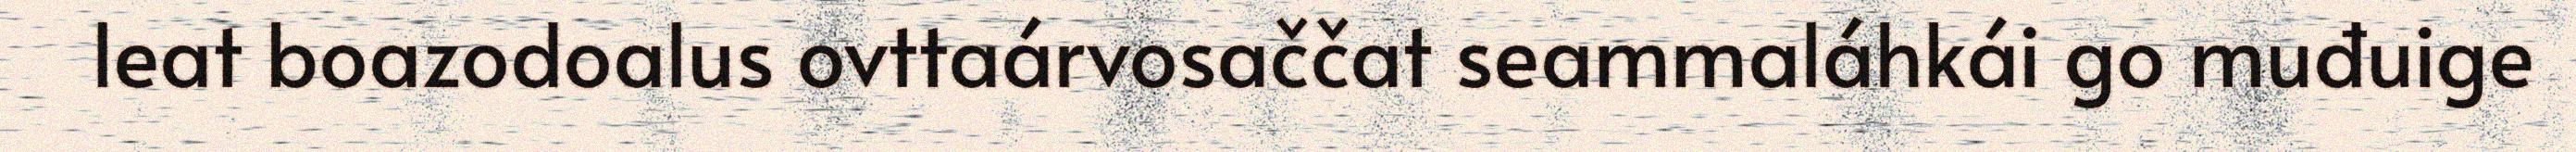
leat boazodoalus ovttaárvosaččat seammaláhkái go muđuige